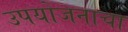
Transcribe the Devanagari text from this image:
उपयोजनाचा